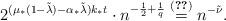
LaTeX: \begin{align*} 2^{(\mu_*(1‐\tilde\lambda)‐\alpha_*\tilde\lambda)k_*t}\cdot n^{‐\frac 12+\frac 1q} \stackrel{\eqref{tilde_nu_def}}{=} n^{‐\tilde \nu}.\end{align*}